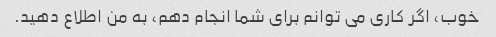
خوب، اگر کاری می توانم برای شما انجام دهم، به من اطلاع دهید.